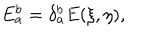
E _ { a } ^ { b } = \delta _ { a } ^ { b } E ( \xi , \eta ) ,